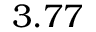
3 . 7 7